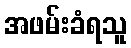
အဖမ်းခံရသူ